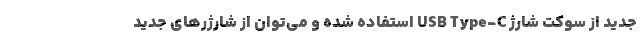
جدید از سوکت شارژ USB Type-C استفاده شده و می‌توان از شارژرهای جدید